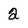
Character: 2